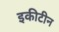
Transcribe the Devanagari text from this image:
इकीटीन